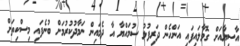
އާސިޔާއަށް ގޮވާލައިފައި އަންހެން ދަރިފުޅު ސުމައްޔާ އާ ދެމައިން ނަމާދުކުރުމަށް ބުނެފައި މިސްކިތަށް